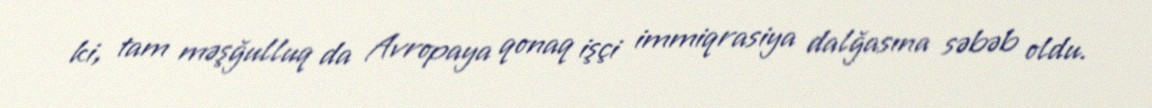
ki, tam məşğulluq da Avropaya qonaq işçi immiqrasiya dalğasına səbəb oldu.